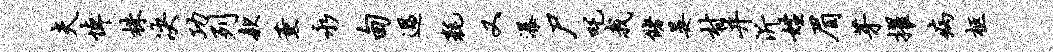
夫悼株决功列款薰永甸过耗又瀑尸吒我储晏村并沂姓眉芽擢病柩